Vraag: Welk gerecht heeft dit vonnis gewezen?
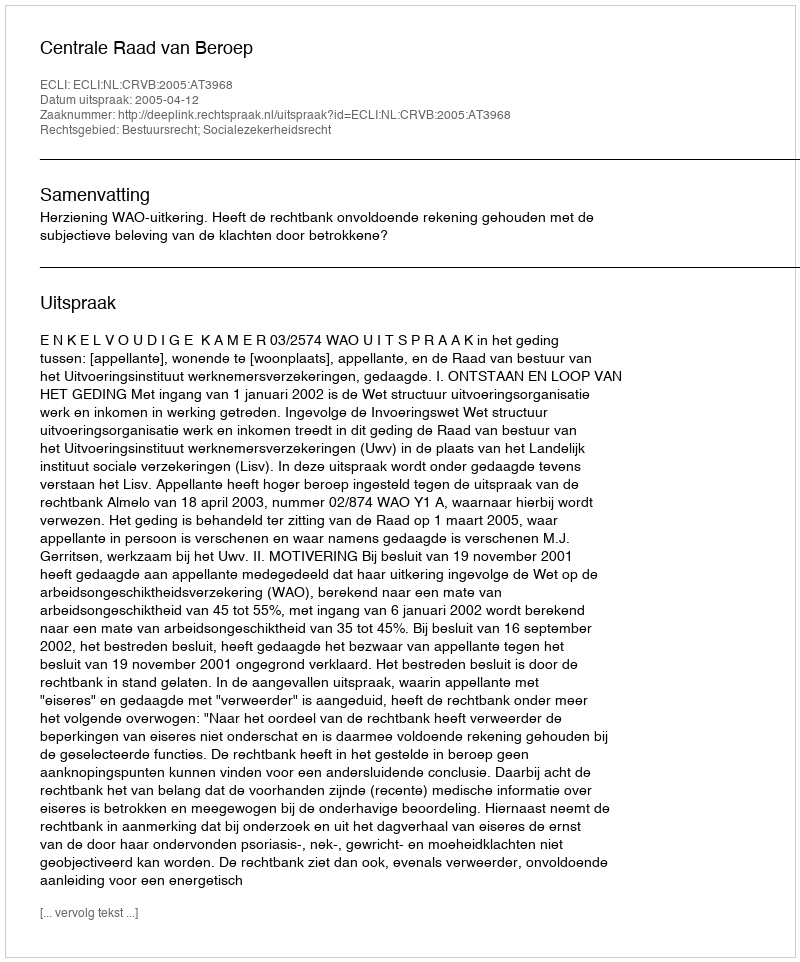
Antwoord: Centrale Raad van Beroep